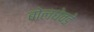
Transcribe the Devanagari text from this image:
बोलघेवडे